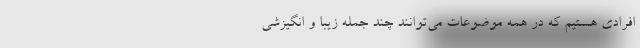
افرادی هستیم که در همه موضوعات می‌توانند چند جمله زیبا و انگیزشی